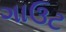
ગાઉટ